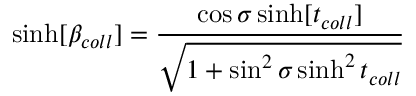
\sinh [ \beta _ { c o l l } ] = \frac { \cos \sigma \sinh [ t _ { c o l l } ] } { \sqrt { 1 + \sin ^ { 2 } \sigma \sinh ^ { 2 } t _ { c o l l } } }